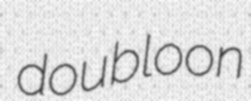
doubloon